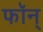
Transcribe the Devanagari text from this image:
फॉन्